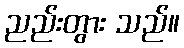
ညည်းတွား သည်။